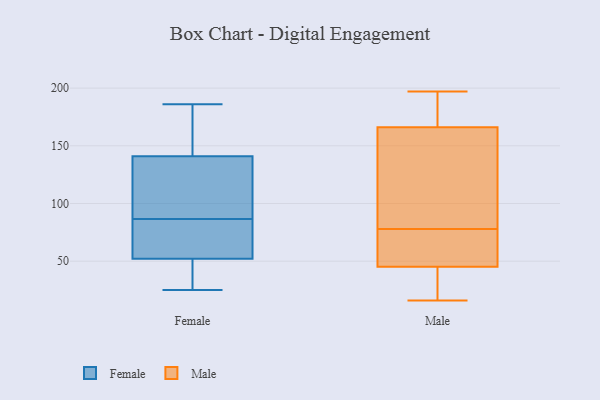
{"axis": {"x": "Customer Acquisition Cost (USD)", "y": "Value"}, "legend": ["Female", "Male"], "data": [{"x": "", "y": 113, "type": "Female"}, {"x": "", "y": 48, "type": "Female"}, {"x": "", "y": 25, "type": "Female"}, {"x": "", "y": 141, "type": "Female"}, {"x": "", "y": 52, "type": "Female"}, {"x": "", "y": 169, "type": "Female"}, {"x": "", "y": 186, "type": "Female"}, {"x": "", "y": 111, "type": "Female"}, {"x": "", "y": 48, "type": "Female"}, {"x": "", "y": 64, "type": "Female"}, {"x": "", "y": 61, "type": "Female"}, {"x": "", "y": 109, "type": "Female"}, {"x": "", "y": 63, "type": "Female"}, {"x": "", "y": 164, "type": "Female"}, {"x": "", "y": 118, "type": "Male"}, {"x": "", "y": 68, "type": "Male"}, {"x": "", "y": 182, "type": "Male"}, {"x": "", "y": 163, "type": "Male"}, {"x": "", "y": 31, "type": "Male"}, {"x": "", "y": 50, "type": "Male"}, {"x": "", "y": 56, "type": "Male"}, {"x": "", "y": 78, "type": "Male"}, {"x": "", "y": 16, "type": "Male"}, {"x": "", "y": 88, "type": "Male"}, {"x": "", "y": 175, "type": "Male"}, {"x": "", "y": 30, "type": "Male"}, {"x": "", "y": 197, "type": "Male"}]}